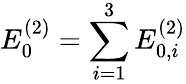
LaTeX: E_{0}^{(2)}=\sum_{i=1}^{3}E_{0,i}^{(2)}